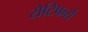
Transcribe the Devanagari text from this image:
रोटिफर्स